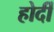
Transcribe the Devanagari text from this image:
होर्दी